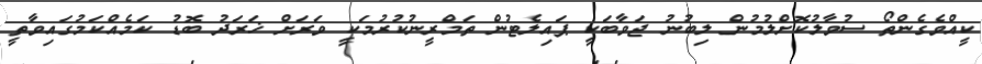
ކީއްވެގެންތޯ ސުވާލުކޮށްލުމުން ލިބުނު ޖަވާބަކީ ޕައިލެޓުން ތަމްރީނުކުރުމަކީ ވަރަށް ޚަރަދު ބޮޑު ކަމެއްކަމުގައިވާތީ